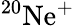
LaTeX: \mathrm{^{20}Ne^{+}}